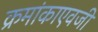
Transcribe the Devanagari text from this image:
क्रमांकाएवजी